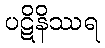
ပဋိနိဿရ